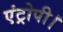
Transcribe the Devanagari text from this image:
एंट्रोपी।